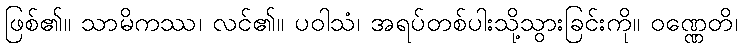
ဖြစ်၏။ သာမိကဿ၊ လင်၏။ ပဝါသံ၊ အရပ်တစ်ပါးသို့သွားခြင်းကို။ ဝဏ္ဏေတိ၊